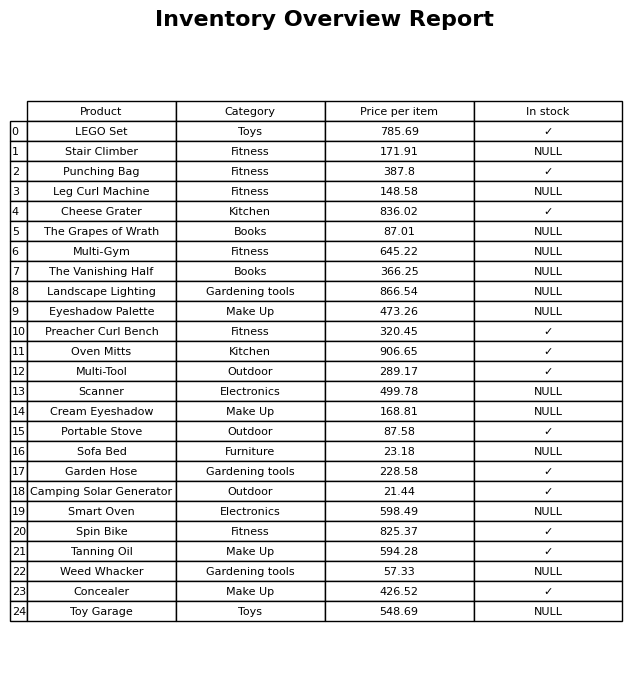
question: What is the price of the Preacher Curl Bench?
answer: The price of Preacher Curl Bench is 320.45.